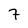
Character: 7